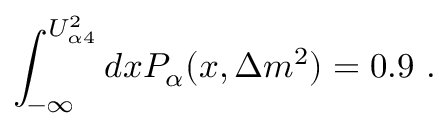
\int _ { - \infty } ^ { U _ { \alpha 4 } ^ { 2 } } d x P _ { \alpha } ( x , \Delta m ^ { 2 } ) = 0 . 9 ~ .